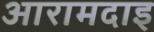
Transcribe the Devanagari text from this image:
आरामदाइ